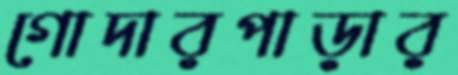
গোদারপাড়ার